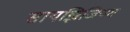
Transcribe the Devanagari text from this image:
सायझिजियम